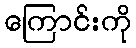
ကြောင်းကို